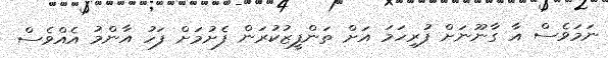
ނަމަވެސް އާ ގާނޫނަށް ފުރިހަމަ އަށް ތަންފީޒުކުރަން ފެށުމަށް ފަހު އާންމު އެއްވެސް